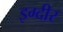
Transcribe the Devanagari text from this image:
इग्दीर